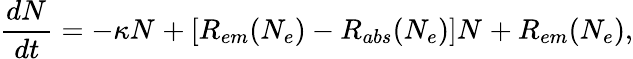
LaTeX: \frac{dN_{}}{dt}=-\kappa N_{}+[R_{em}(N_{e})-R_{abs}(N_{e})]N_{}+R_{em}(N_{e}),